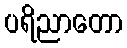
ပရိညာတော